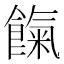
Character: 餼